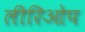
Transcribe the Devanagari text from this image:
लीरिओप